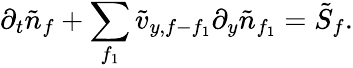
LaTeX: \partial_{t}\tilde{n}_{f}+\sum_{f_{1}}\tilde{v}_{y,f-f_{1}}\partial_{y}\tilde{n}_{f_{1}}=\tilde{S}_{f}.